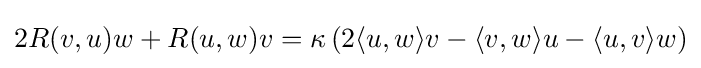
2R(v,u)w+R(u,w)v=\kappa \left(2\langle u,w\rangle v-\langle v,w\rangle u-\langle u,v\rangle w\right)